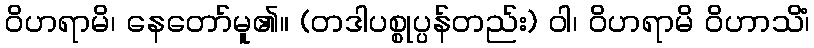
ဝိဟရာမိ၊ နေတော်မူ၏။ (တဒါပစ္စုပ္ပန်တည်း) ဝါ၊ ဝိဟရာမိ ဝိဟာသိံ၊